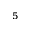
^ 5